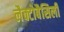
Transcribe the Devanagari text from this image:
लैक्टोबैसिली